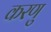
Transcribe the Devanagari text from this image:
करणु